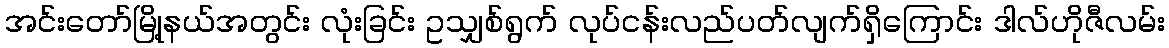
အင်းတော်မြို့နယ်အတွင်း လုံးခြင်း ဥသျှစ်ရွက် လုပ်ငန်းလည်ပတ်လျက်ရှိကြောင်း ဒါလ်ဟိုဇီလမ်း